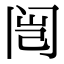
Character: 闿